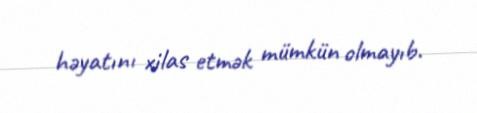
həyatını xilas etmək mümkün olmayıb.